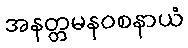
အနတ္တမနဝစနာယံ